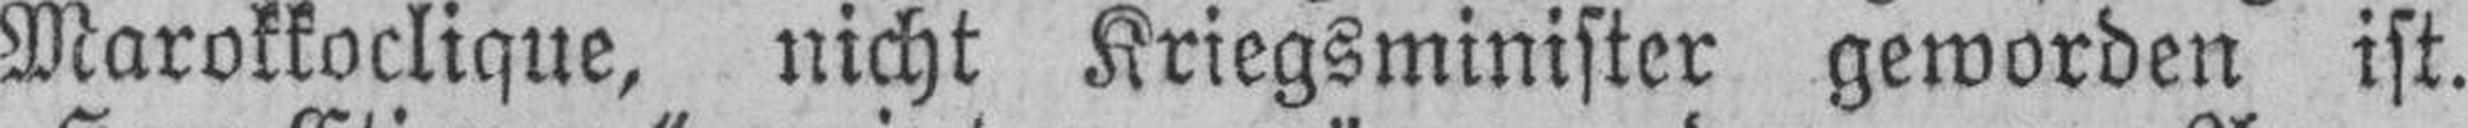
Marokkoclique, nicht Kriegsminister geworden ist.